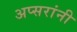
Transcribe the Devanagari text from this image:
अप्सरांनी